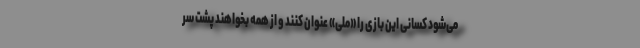
می‌شود کسانی این بازی را «ملی» عنوان کنند و از همه بخواهند پشت سر